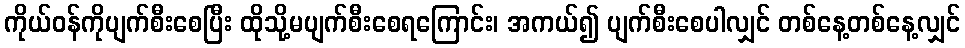
ကိုယ်ဝန်ကိုပျက်စီးစေပြီး ထိုသို့မပျက်စီးစေရကြောင်း၊ အကယ်၍ ပျက်စီးစေပါလျှင် တစ်နေ့တစ်နေ့လျှင်